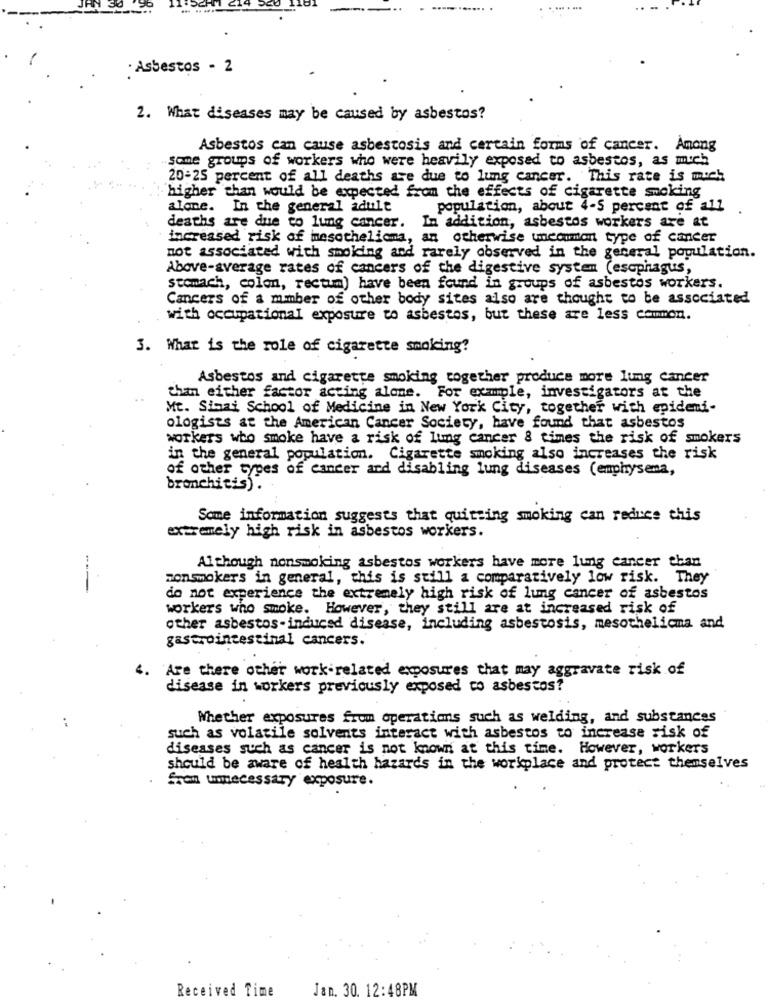
. Asbestos - 2
2. What diseases may be caused by asbestos?
Asbestos can cause asbestosis and certain forms of cancer. Among
same groups of workers who were heavily exposed to asbestos, as mich
20-25 percent of all deaths are due to lung cancer. This rate is much
higher than would be expected from the effects of cigarette smoking
alone. In the general adult
population, about 4-5 percent of all
deaths are due to lung cancer. In addition, asbestos workers are at
increased risk of mesothelioma, an otherwise uncommon type of cancer
not associated with smoking and rarely observed in the general population.
Above-average rates of cancers of the digestive system (esophagus,
stomach, colon, rectum) have been found in groups of asbestos workers.
Cancers of a mmber of other body sites also are thought to be associated
with occupational exposure to asbestos, but these are less common.
3. What is the role of cigarette smoking?
Asbestos and cigarette smoking together produce more lung cancer
tham either factor acting alone. For example, investigators at the
Mt. Sinai School of Medicine in New York City, together with epidemi-
ologists at the American Cancer Society, have found that asbestos
workers who smoke have a risk of lung cancer & times the risk of smokers
in the general population. Cigarette smoking also increases the risk
of other types of cancer and disabling lung diseases (emphysema,
bronchitis).
Some information suggests that quitting smoking can reduce this
extremely high risk in asbestos workers.
Although nonsmoking asbestos workers have more lung cancer than
zonsmokers in general, this is still a comparatively low risk. They
do not experience the extremely high risk of lung cancer of asbestos
workers who smoke. However, they still are at increased risk of
other asbestos-induced disease, including asbestosis, mesothelioma and
gastrointestinal cancers.
4. Are there other work-related exposures that may aggravate risk of
disease in workers previously exposed co asbestos?
Whether exposures from operations such as welding, and substances
such as volatile solvents interact with asbestos to increase risk of
diseases such as cancer is not known at this time. However, workers
should be aware of health hazards in the workplace and protect themselves
from unecessary exposure.
Received Time
Jan. 30. 12:48PM